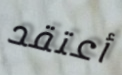
أعتقد